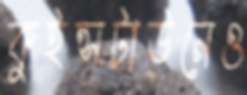
কুইন্সটাউনেও